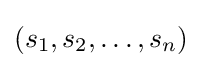
(s_{1},s_{2},\ldots ,s_{n})